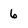
Character: 6